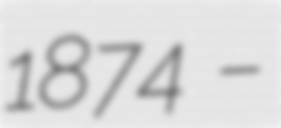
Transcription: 1874 –